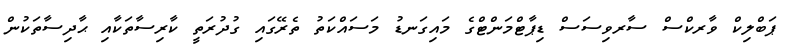
ޕަބްލިކް ވާރކްސް ސާރވިސަސް ޑިޕާޓްމަންޓްގެ މައިގަނޑު މަސައްކަތު ތެރޭގައި ގުދުރަތީ ކާރިސާތަކާއި ޙާދިސާތަކުން